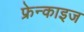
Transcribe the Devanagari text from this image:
फ्रेन्‍काइज